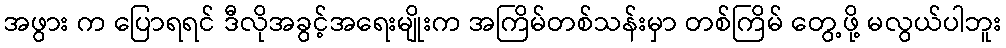
အဖွား က ပြောရရင် ဒီလိုအခွင့်အရေးမျိုးက အကြိမ်တစ်သန်းမှာ တစ်ကြိမ် တွေ့ဖို့ မလွယ်ပါဘူး